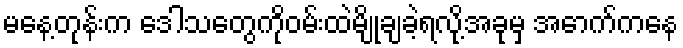
မနေ့တုန်းက ဒေါသတွေကိုဝမ်းထဲမျိုချခဲ့ရလို့အခုမှ အောက်ကနေ